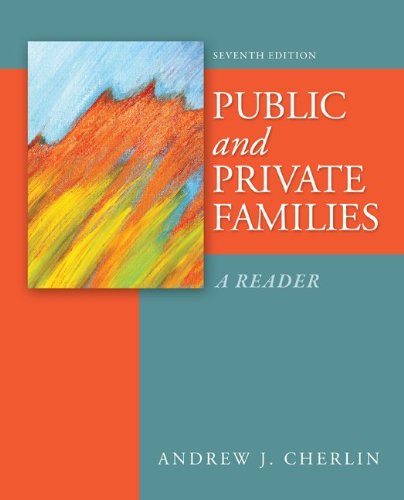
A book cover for Public and Private Families: A Reader; Andrew Cherlin; Politics & Social Sciences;